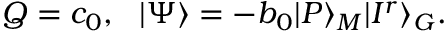
Q = c _ { 0 } , \ \ | \Psi \rangle = - b _ { 0 } | P \rangle _ { M } | I ^ { r } \rangle _ { G } .